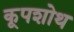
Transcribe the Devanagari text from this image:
कूपशोथ